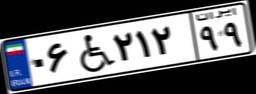
۰۶W۲۱۲۹۹